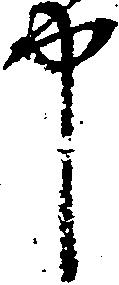
中